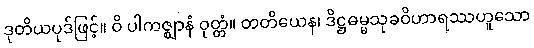
ဒုတိယပုဒ်ဖြင့်။ ဝိ ပါကဇ္ဈာနံ ဝုတ္တံ။ တတိယေန၊ ဒိဋ္ဌဓမ္မသုခဝိဟာရဿဟူသော